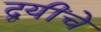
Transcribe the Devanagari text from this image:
द्वयींचे